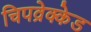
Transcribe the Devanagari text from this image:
चिपव्रेक्केड